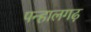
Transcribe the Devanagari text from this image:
पन्हालगढ़